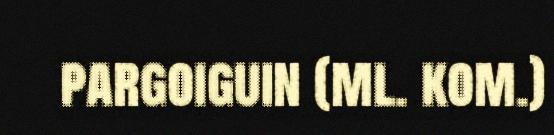
pargoiguin (ml. kom.)